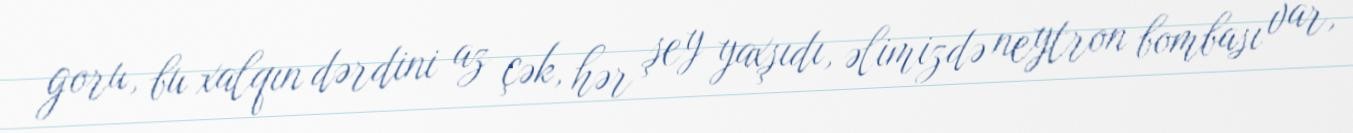
goru, bu xalqın dərdini az çək, hər şey yaxşıdı, əlimizdə neytron bombası var,